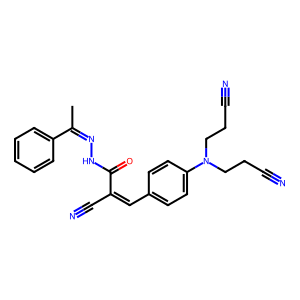
SMILES: CC(=NNC(=O)C(C#N)=Cc1ccc(N(CCC#N)CCC#N)cc1)c1ccccc1
Inhibits HIV replication: No